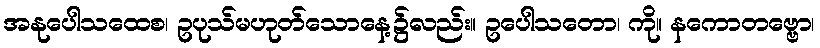
အနုပေါသထေစ၊ ဥပုသ်မဟုတ်သောနေ့၌လည်း။ ဥပေါသတော၊ ကို။ နကောတဗ္ဗော၊